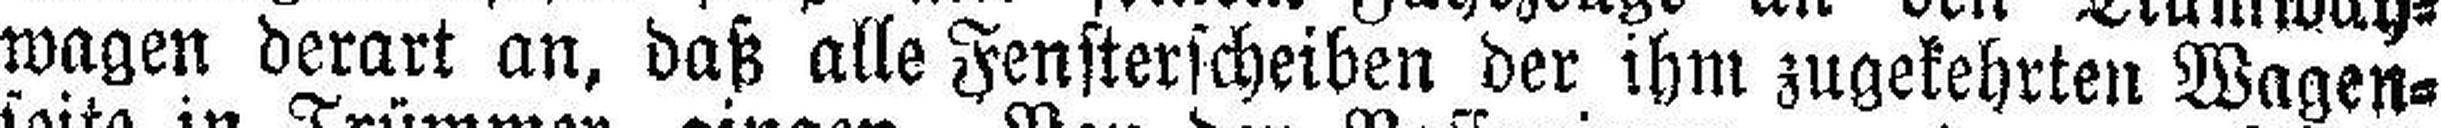
wagen derart an, daß alle Fensterscheiben der ihm zugekehrten Wagen¬